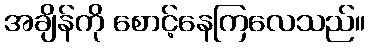
အချိန်ကို စောင့်နေကြလေသည်။